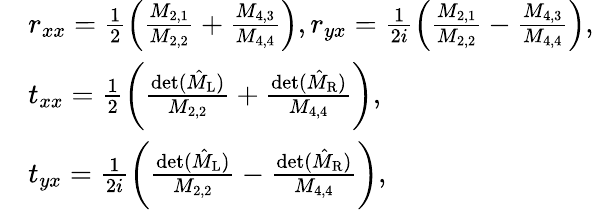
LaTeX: \begin{array}{rl}&{r_{xx}=\frac{1}{2}\left(\frac{M_{2,1}}{M_{2,2}}+\frac{M_{4,3}}{M_{4,4}}\right),r_{yx}=\frac{1}{2i}\left(\frac{M_{2,1}}{M_{2,2}}-\frac{M_{4,3}}{M_{4,4}}\right),}\\ &{t_{xx}=\frac{1}{2}\left(\frac{\operatorname*{det}(\hat{M}_{\mathrm{L}})}{M_{2,2}}+\frac{\operatorname*{det}(\hat{M}_{\mathrm{R}})}{M_{4,4}}\right),}\\ &{t_{yx}=\frac{1}{2i}\left(\frac{\operatorname*{det}(\hat{M}_{\mathrm{L}})}{M_{2,2}}-\frac{\operatorname*{det}(\hat{M}_{\mathrm{R}})}{M_{4,4}}\right),}\end{array}